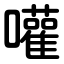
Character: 嚾